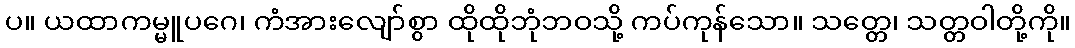
ပ။ ယထာကမ္မူပဂေ၊ ကံအားလျော်စွာ ထိုထိုဘုံဘဝသို့ ကပ်ကုန်သော။ သတ္တေ၊ သတ္တဝါတို့ကို။